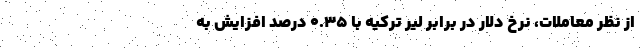
از نظر معاملات، نرخ دلار در برابر لیر ترکیه با ۰.۳۵ درصد افزایش به